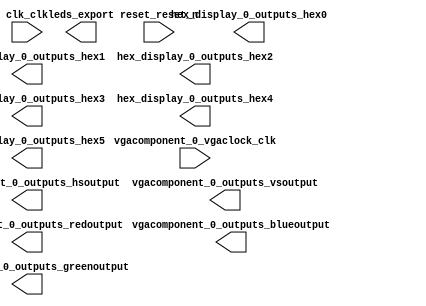

module nios (
	clk_clk,
	hex_display_0_outputs_hex0,
	hex_display_0_outputs_hex1,
	hex_display_0_outputs_hex2,
	hex_display_0_outputs_hex3,
	hex_display_0_outputs_hex4,
	hex_display_0_outputs_hex5,
	leds_export,
	reset_reset_n,
	vgacomponent_0_outputs_greenoutput,
	vgacomponent_0_outputs_redoutput,
	vgacomponent_0_outputs_blueoutput,
	vgacomponent_0_outputs_hsoutput,
	vgacomponent_0_outputs_vsoutput,
	vgacomponent_0_vgaclock_clk);	

	input		clk_clk;
	output	[6:0]	hex_display_0_outputs_hex0;
	output	[6:0]	hex_display_0_outputs_hex1;
	output	[6:0]	hex_display_0_outputs_hex2;
	output	[6:0]	hex_display_0_outputs_hex3;
	output	[6:0]	hex_display_0_outputs_hex4;
	output	[6:0]	hex_display_0_outputs_hex5;
	output	[9:0]	leds_export;
	input		reset_reset_n;
	output	[7:0]	vgacomponent_0_outputs_greenoutput;
	output	[7:0]	vgacomponent_0_outputs_redoutput;
	output	[7:0]	vgacomponent_0_outputs_blueoutput;
	output		vgacomponent_0_outputs_hsoutput;
	output		vgacomponent_0_outputs_vsoutput;
	input		vgacomponent_0_vgaclock_clk;
endmodule